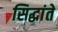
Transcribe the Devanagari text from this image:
सिद्धांते